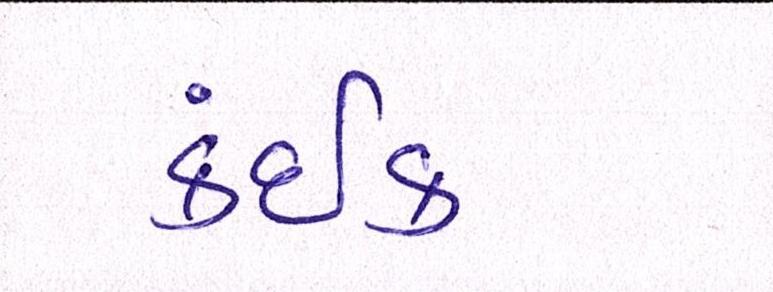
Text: કંઈક